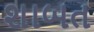
શાબત